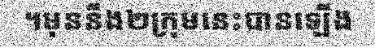
។មុននឹង២ក្រុមនេះបានឡើង